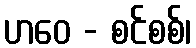
ဟဝေ - စင်စစ်၊